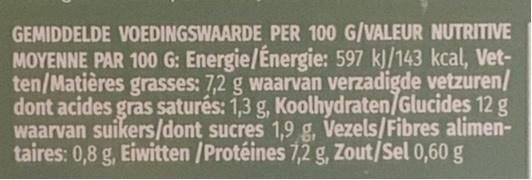
GEMIDDELDE VOEDINGSWAARDE PER 100 G/VALEUR NUTRITIVE MOYENNE PAR 100 G: Energie/Energie: 597 k)/143 kcal, Vet- ten/Matières grasses: 7,2 g waarvan verzadigde vetzuren/ dont acides gras saturés: 1,3 g, Koolhydraten/Glucides 12 g waarvan suikers/dont sucres 1,9 g, Vezels/Fibres alimen- taires: 0,8 g, Eiwitten /Protéines 7,2 g, Zout/Sel 0,60 g